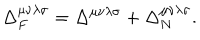
LaTeX: \Delta _ { F } ^ { \mu \nu \lambda \sigma } = \Delta ^ { \mu \nu \lambda \sigma } + \Delta _ { N } ^ { \mu \nu \lambda \sigma } .